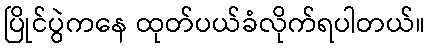
ပြိုင်ပွဲကနေ ထုတ်ပယ်ခံလိုက်ရပါတယ်။